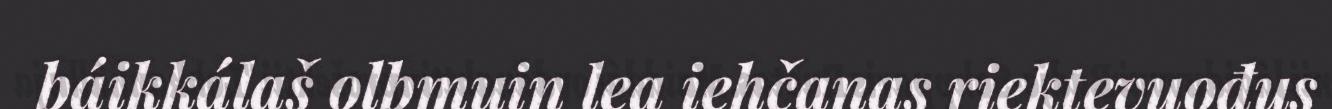
báikkálaš olbmuin lea iehčanas riektevuođus